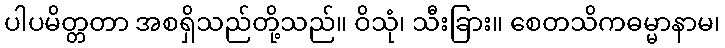
ပါပမိတ္တတာ အစရှိသည်တို့သည်။ ဝိသုံ၊ သီးခြား။ စေတသိကဓမ္မာနာမ၊